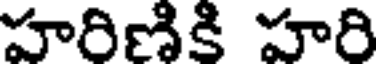
హరిణికి హరి